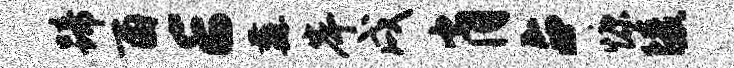
蹄酉E纛岸戌肖占慷陵